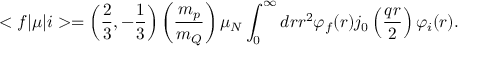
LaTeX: < f | \mu | i > = \left( \frac { 2 } { 3 } , - \frac { 1 } { 3 } \right) \left( \frac { m _ { p } } { m _ { Q } } \right) \mu _ { N } \int _ { 0 } ^ { \infty } d r r ^ { 2 } \varphi _ { f } ( r ) j _ { 0 } \left( \frac { q r } { 2 } \right) \varphi _ { i } ( r ) .